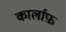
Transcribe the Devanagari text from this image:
कार्लाफ़